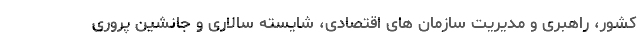
کشور، راهبری و مدیریت سازمان های اقتصادی، شایسته سالاری و جانشین پروری